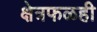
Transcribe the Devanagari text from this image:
क्षेत्रफळही